Indian journal of veterinary science and animal husbandry - Volume 14,
Year: 1944
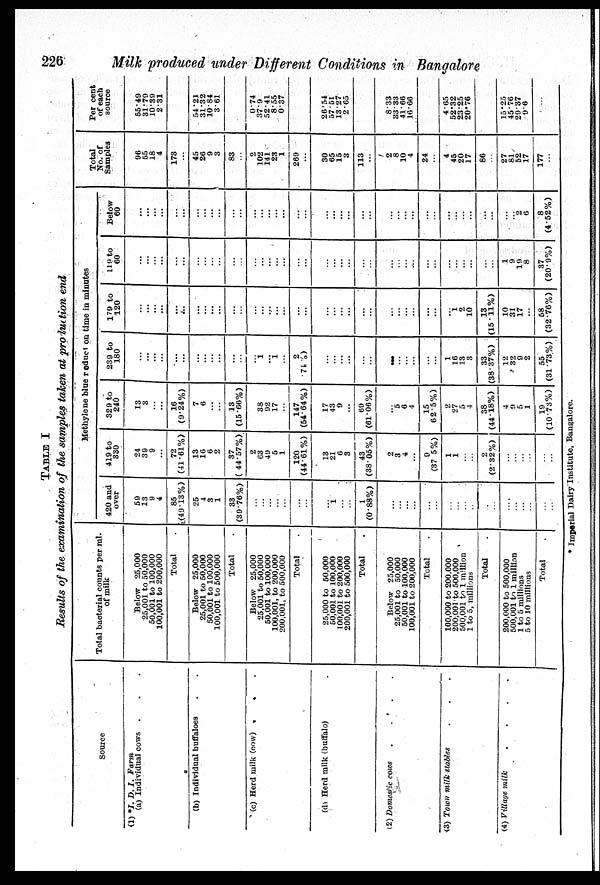
226
Milk produced under Different Conditions in Bangalore
TABLE I
Results of the examination of the samples taken at production end
Source
(1) *I. D. I. Farm
(a) Individual cows . . .
(b) Individual buffaloes . .
(c) Herd milk (cow) . . .
(d) Herd milk (buffalo) .
(2) Domestic cows . . . .
(3) Town milk stables . . .
(4) Village milk
.
.
.
.
Total bacterial counts per ml.
of milk
Below 25,000
25,001 to 50,000
50,001 to 100,000
100,001 to 200,000
Total .
Below 25,000
25,001 to 50,000
50,001 to 100,000
100,001 to 500,000
Total .
Below 25,000
25,001 to 50,000
50,001 to 100,000
100,001, to 200,000
200,001, to 500,000
Total .
25,000 to 50,000
50,001 to 100,000
100,001 to 200,000
200,001 to 500,000
Total .
Below 25,000
25,001 to 50,000
50,001 to 100,000
100,001 to 200,000
Total .
100,000 to 200.000
200,001 to 500,000
500,001 to 1 million
1 to 5, millions
Total .
200,000 to 500,000
500,001 to 1 million
1 to 5 millions
5 to 10 millions
Total .
Methylene blue reduct on time in minutes
420 and
over
59
13
9
4
85
(49.13%)
25
4
3
1
33
(39.76%)
...
...
...
...
...
...
...
...
1
...
...
1
(0.88%)
...
...
...
...
...
...
...
...
...
...
...
...
...
...
...
...
...
...
419 to
330
24
39
9
...
72
(41.61%)
13
16
6
2
37
(44.57%)
2
63
49
5
1
120
(44.61%)
13
21
6
3
43
(38.05%)
2
3
4
...
9
(37 5%)
1
1
...
...
2
(2.32%)
...
...
...
...
...
...
329 to
240
13
3
...
16
(9.24%)
7
6
...
...
13
(15.66%)
38
92
17
...
147
(54.64%)
17
43
9
...
69
(61.06%)
...
5
6
4
15
62.5%)
2
27
5
4
38
(44.18%)
4
9 5
1
19
(10.73%)
239 to
180
...
...
...
...
...
...
...
...
...
...
...
...
1
... 1
...
2
71%)
...
... ...
...
...
...
...
...
...
...
...
...
1
16
13
3
33
(38.37%)
12
32
9
2
55
(31.73%)
179 to
120
...
...
... ...
...
...
...
... ...
...
...
...
...
... ...
...
...
...
...
...
...
...
...
...
...
...
...
...
...
...
1
2
10
13
(15.11%)
10
31
17
...
58
(32.76%)
119 to
60
...
...
... ...
...
...
...
...
...
...
...
...
...
... ...
...
...
...
...
...
...
...
...
...
...
...
...
... ...
...
...
...
...
...
...
...
...
1
9
19
8
37
(20.9%)
Below
60
...
...
...
...
...
...
...
...
...
...
...
...
...
... ...
...
...
...
...
...
... ...
...
...
...
...
...
...
...
...
...
...
...
...
...
...
...
...
... 2
6
8
(4.52%)
Total
No. of
Samples
96
55
18
4
173
...
45
26
9
3
83
...
2
102
141
23
1
269
...
30
65
15
3
113
...
2
8
10
4
24
...
4
45
20
17
86
...
27
81
52
17
177
...
Per cent
of each
source
55.49
31.79
10.39
2.31
54.21
31.32
10.84
3.61
0.74
37.9
52.41
8.55
0.37
26.54
57.51
13.27
2.65
8.33
33 33
41.66
16.66
4.65
52.32
23.25
20.76
15.25
45.76
29.37
9.6
...
* Imperial Dairy Institute, Bangalore.